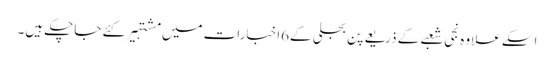
اسکے علاوہ نجی شعبے کے ذریعے پن بجلی کے6اخبارات میں مشتہیر کئے جاچکے ہیں۔